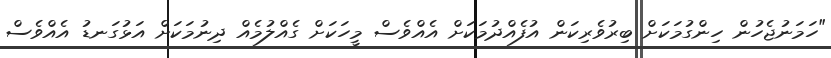
"ހަމަނުޖެހުން ހިންގުމަކަށް ބިރުވެރިކަން އުފެއްދުމަކަށް އެއްވެސް މީހަކަށް ގެއްލުމެއް ދިނުމަކަށް އަޅުގަނޑު އެއްވެސް